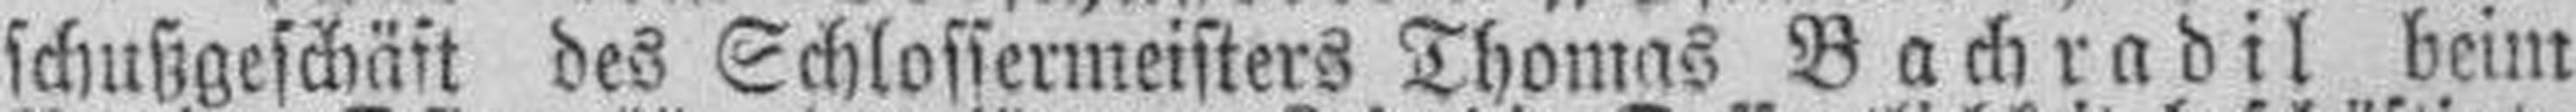
schußgeschäft des Schlossermeisters Thomas Bachradil beim